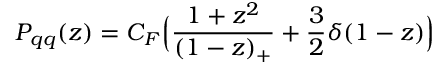
P _ { q q } ( z ) = C _ { F } { \Big \lgroup } { \frac { 1 + z ^ { 2 } } { ( 1 - z ) _ { + } } } + { \frac { 3 } { 2 } } \delta ( 1 - z ) { \Big \rgroup }